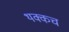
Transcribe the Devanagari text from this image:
थक्कच